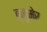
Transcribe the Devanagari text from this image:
ब्लुमेर